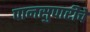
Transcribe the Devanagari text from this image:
पानसुपारीचे